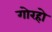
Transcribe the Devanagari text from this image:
गोरहो